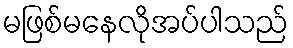
မဖြစ်မနေလိုအပ်ပါသည်